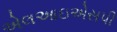
એલઆઇએસપી